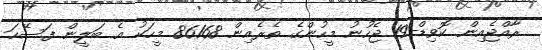
ރާއްޖެއިން ކޮވިޑް-19 ޖެހުނު މީހުންގެ ތެރެއިން 86168 މީހަކު އެ ބަލީން ފަސޭހަ